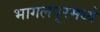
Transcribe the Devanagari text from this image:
भागलपूरमध्ये